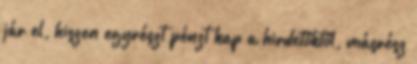
jár el, hiszen egyrészt pénzt kap a hirdetőktől, másrész